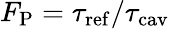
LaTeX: F_{\mathrm{P}}=\tau_{\mathrm{ref}}/\tau_{\mathrm{cav}}